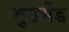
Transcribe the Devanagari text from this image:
मुठभेंड